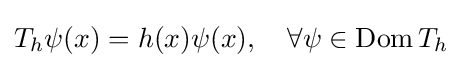
T_{h}\psi (x)=h(x)\psi (x),\quad \forall \psi \in \operatorname {Dom} T_{h}